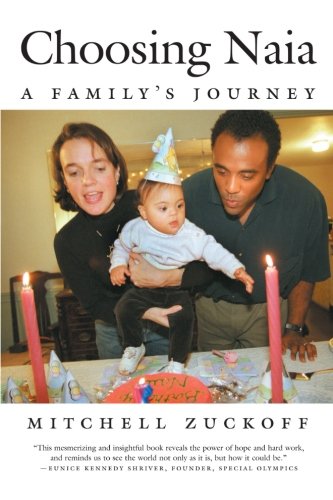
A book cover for Choosing Naia: A Family's Journey; Mitchell Zuckoff; Health, Fitness & Dieting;